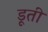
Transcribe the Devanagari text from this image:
डूती